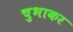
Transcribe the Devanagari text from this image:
चुभाकर